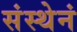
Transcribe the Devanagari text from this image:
संस्थेनं